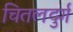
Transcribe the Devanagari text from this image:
चितलदुर्ग